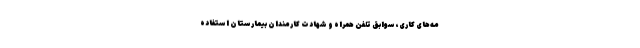
مه‌های کاری، سوابق تلفن همراه و شهادت کارمندان بیمارستان استفاده